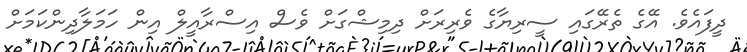
ދީފައެވެ. އޭގެ ތެރޭގައި ސީރިޔާގެ ވެރިރަށް ދިމިޝްގަށް ވެސް އިސްރާއީލް އިން ހަމަލާދިންކަމަށް